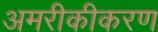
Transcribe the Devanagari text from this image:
अमरीकीकरण